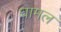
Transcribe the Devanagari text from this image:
चामल